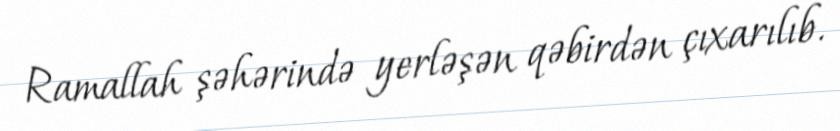
Ramallah şəhərində yerləşən qəbirdən çıxarılıb.